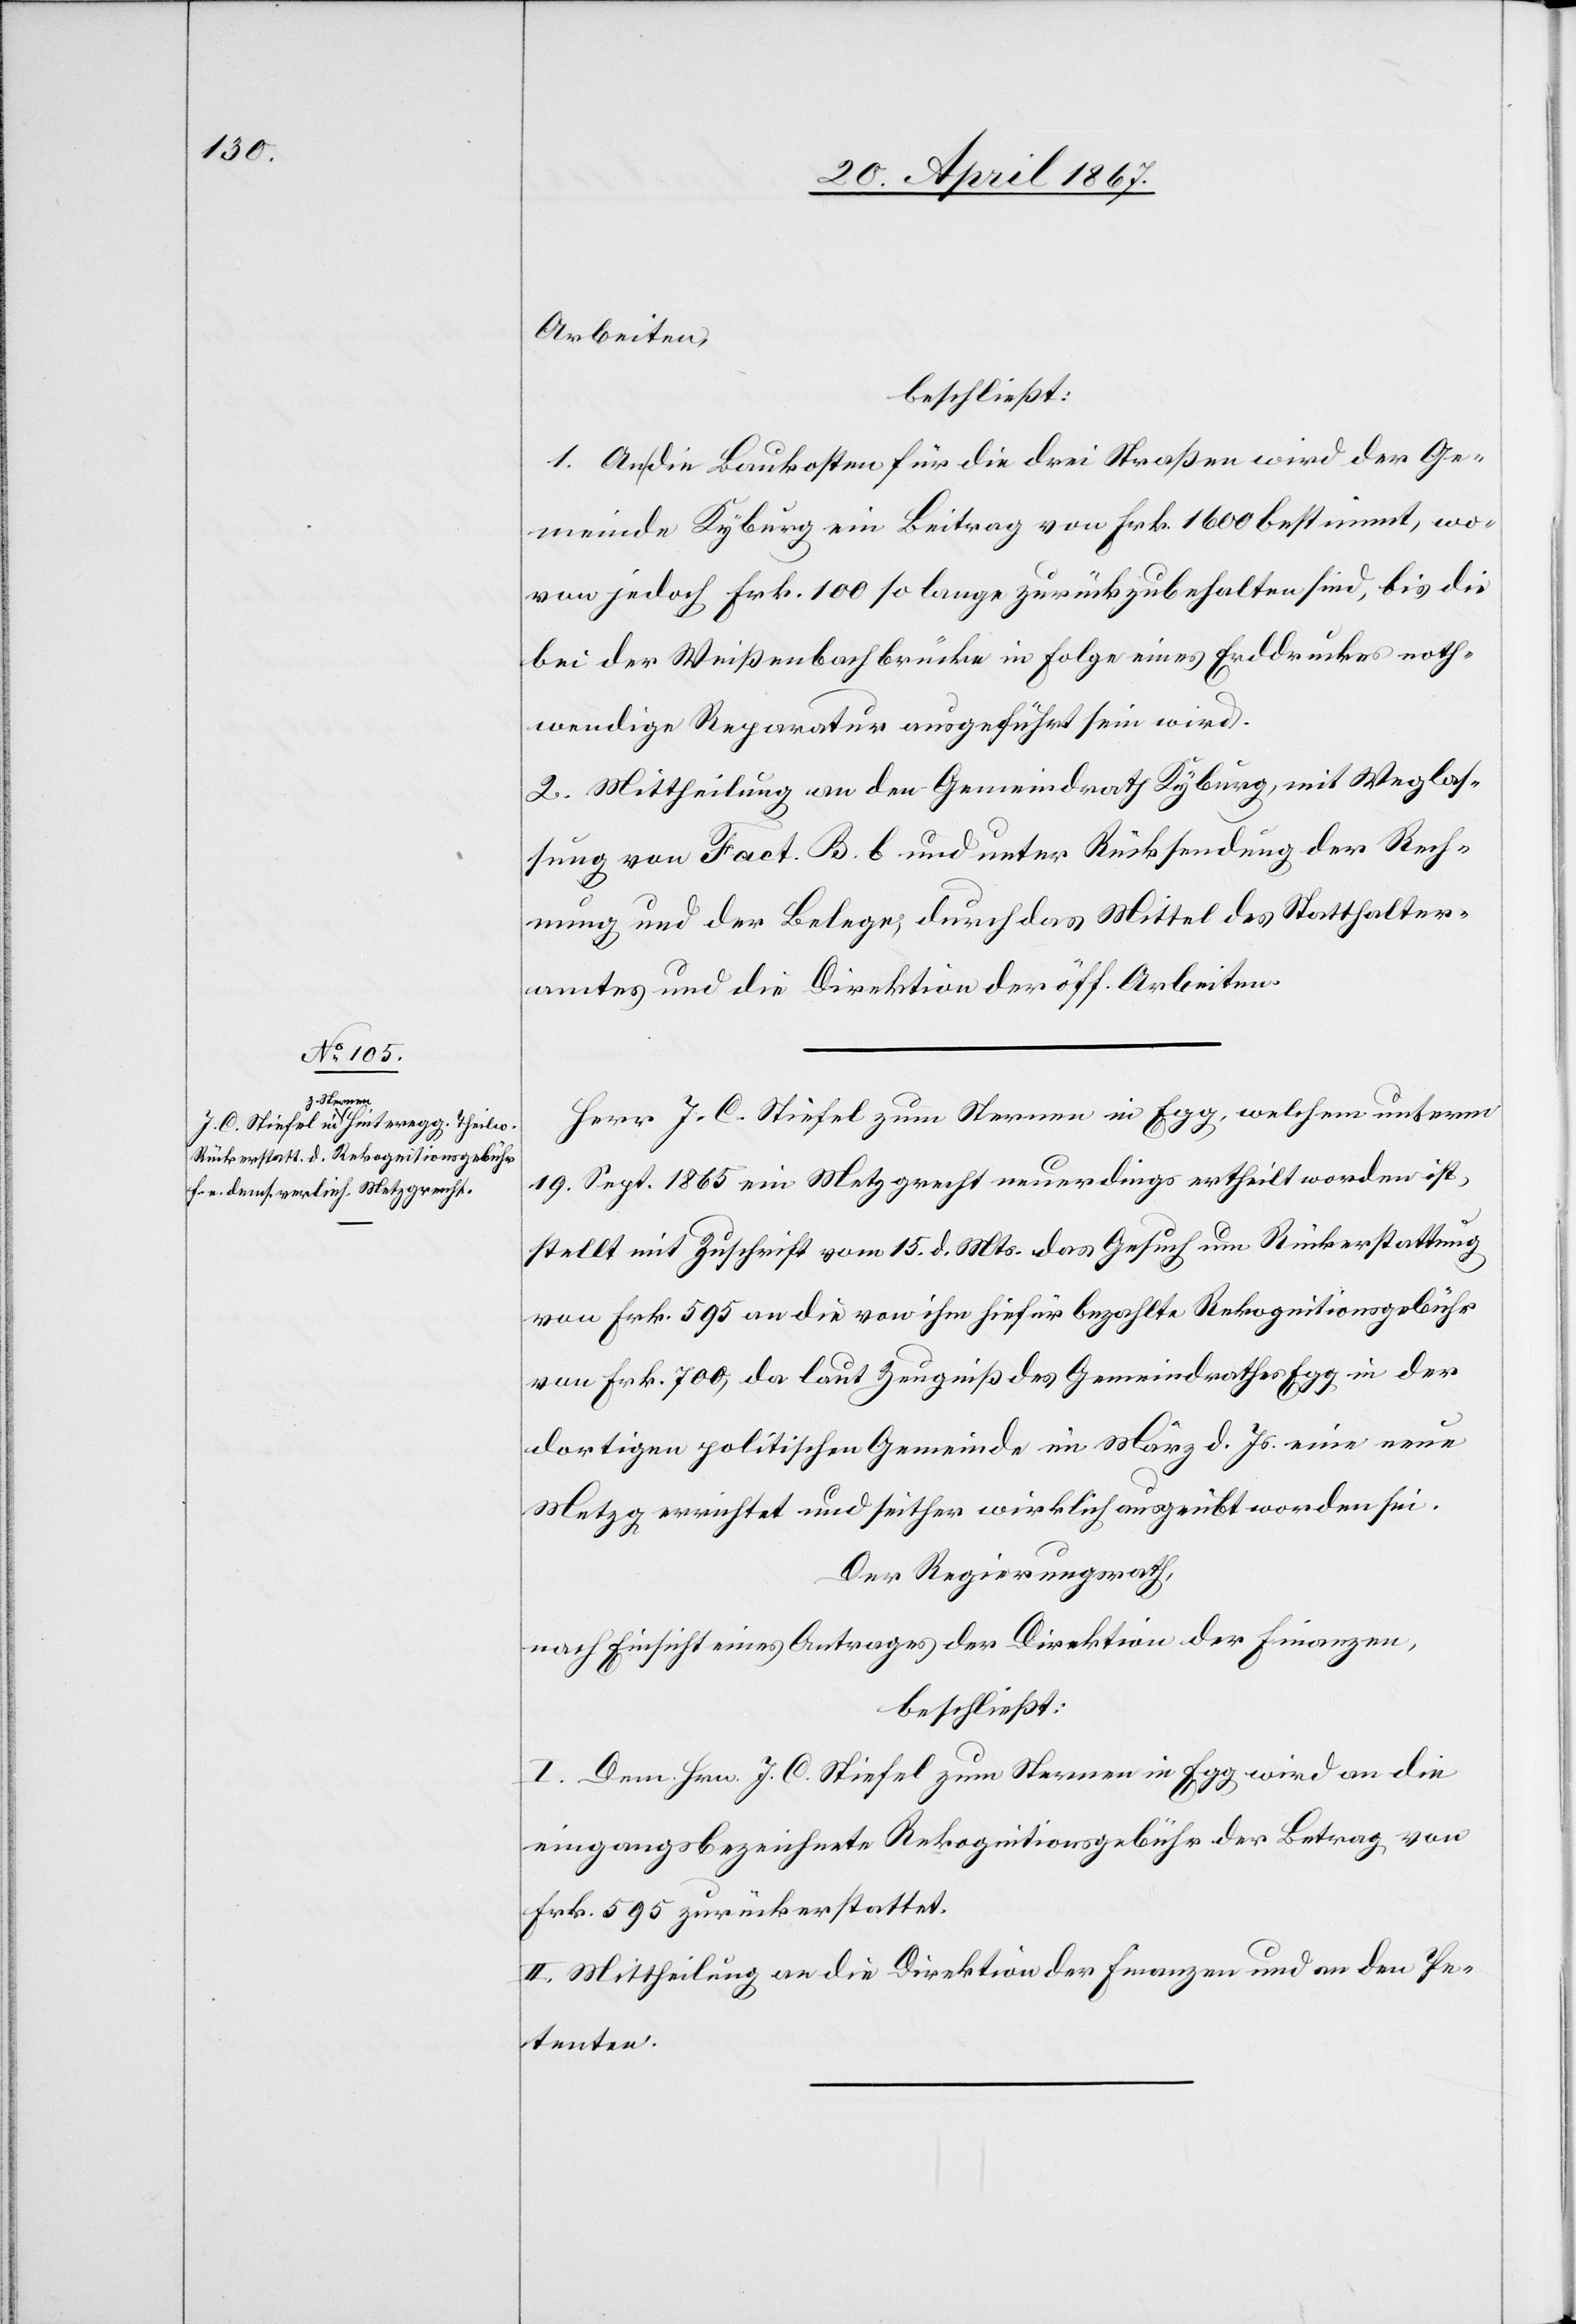
Arbeiten,
beschließt:
1. An die Baukosten für die drei Straßen wird der Ge¬
meinde Kyburg ein Beitrag von Frk. 1600 bestimmt, wo¬
von jedoch Frk. 100 so lange zurückzubehalten sind, bis die
bei der Weißenbachbrücke in Folge eines Erddruckes noth¬
wendige Reparatur ausgeführt sein wird.
2. Mittheilung an den Gemeindrath Kyburg, mit Weglas¬
sung von Fact. B. b und unter Rücksendung der Rech¬
nung und der Belege, durch das Mittel des Statthalter¬
amtes und die Direktion der öff. Arbeiten.
Herr J. C. Stiefel zum Sternen in Egg, welchem unterm
19. Sept. 1865 ein Metzgrecht neuerdings ertheilt worden ist,
stellt mit Zuschrift vom 15. d. Mts das Gesuch um Rückerstattung
von Frk. 595 an die von ihm hiefür bezahlte Rekognitionsgebühr
von Frk. 700, da laut Zeugniß des Gemeindrathes Egg in der
dortigen politischen Gemeinde im März d. Js. eine neue
Metzg errichtet und seither wirklich ausgeübt worden sei.
Der Regierungsrath,
nach Einsicht eines Antrages der Direktion der Finanzen,
beschließt:
I. Dem Hrn. J. C. Stiefel zum Sternen in Egg wird an die
eingangsbezeichnete Rekognitionsgebühr der Betrag von
Frk. 595 zurückerstattet.
II. Mittheilung an die Direktion der Finanzen und an den Pe¬
tenten.